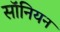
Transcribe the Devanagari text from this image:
सॉनियन